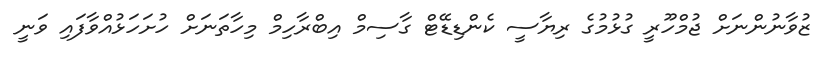
ޒުވާނުންނަށް ޖުމްހޫރީ ގުޅުމުގެ ރިޔާސީ ކެންޑިޑޭޓް ގާސިމް އިބްރާހިމް މިހާތަނަށް ހުށަހަޅުއްވާފައި ވަނީ